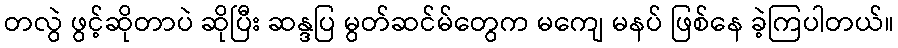
တလွဲ ဖွင့်ဆိုတာပဲ ဆိုပြီး ဆန္ဒပြ မွတ်ဆင်မ်တွေက မကျေ မနပ် ဖြစ်နေ ခဲ့ကြပါတယ်။